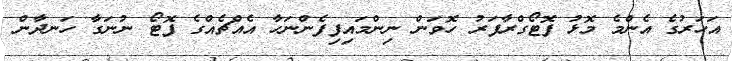
އަހަރުގެ އެންމެ މޮޅު ފޮޓޯގްރާފަރު ހޮވަން ނިންމައިފިފެންނަހާ އެއްޗެއްގެ ފޮޓޯ ނުނަގާ ހަނދާން